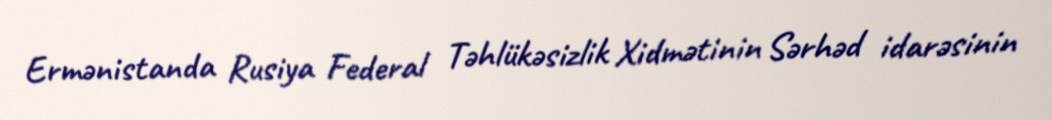
Ermənistanda Rusiya Federal Təhlükəsizlik Xidmətinin Sərhəd idarəsinin